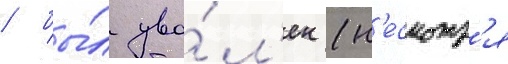
/ бы́л уво́л'ен (н'есмотр'я